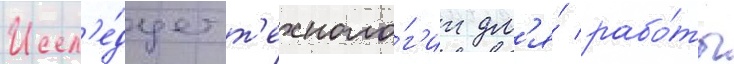
Иссл'е́дует т'ехноло́г'ии дл'я́ рабо́ты